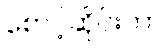
စောင့်ဆိုင်းကာ